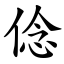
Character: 㑫